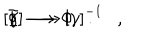
\left[ \gamma \right] \longrightarrow \left[ \gamma \right] ^ { - 1 } , \hspace { . 2 i n } \Phi \longrightarrow \Phi . \nonumber